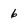
Character: 6